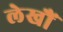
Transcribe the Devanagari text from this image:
लेखौं